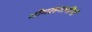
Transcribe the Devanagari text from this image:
गोगलगायींनी